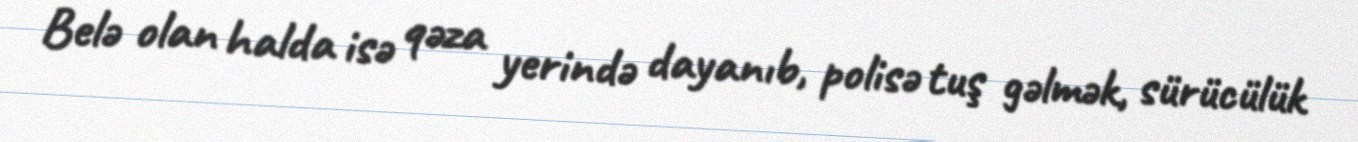
Belə olan halda isə qəza yerində dayanıb, polisə tuş gəlmək, sürücülük